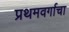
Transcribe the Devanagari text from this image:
प्रथमवर्गाचा